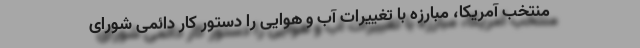
منتخب آمریکا، مبارزه با تغییرات آب و هوایی را دستور کار دائمی شورای